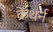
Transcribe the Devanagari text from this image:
क्रेथर्न